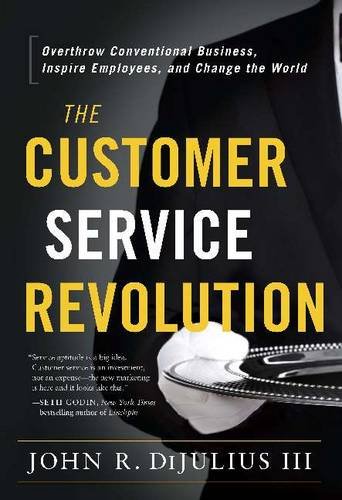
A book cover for The Customer Service Revolution: Overthrow Conventional Business, Inspire Employees, and Change the World; John R. Dijulius III; Business & Money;